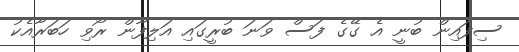
ސިފައިން ބުނީ އެ ގޭގެ ފަސް ވަނަ ބުރީގައި އަލިފާން ރޯވި ހަބަރާއެކު